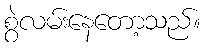
စွဲလမ်းနေတော့သည်။